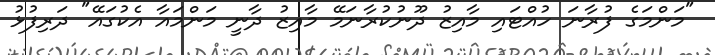
"މަންމަގެ ފުރާނަ ހުއްޓައި މާއިޒު ދޫނުކުރާނަމޭ މާއިޒު ދާނީ މަންމައާ އެކުގައޭ" ދަރިފުޅު